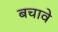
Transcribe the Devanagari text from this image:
बचावे